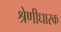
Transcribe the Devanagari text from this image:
श्रेणीधारक